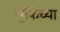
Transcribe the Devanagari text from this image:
सुफिंच्या